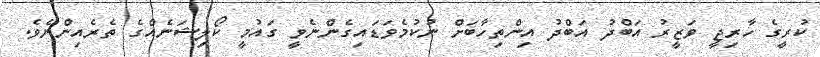
ކުރީގެ ހާރިޖީ ވަޒީރު އަބްދު އަބްދު އިންތިހާބަށް ނުކުމެވަޑައިގެންނެވީ ގައުމީ ކޯލިޝަނެއްގެ ތެރެއިންނެވެ.